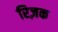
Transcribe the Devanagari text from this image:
रिज़क